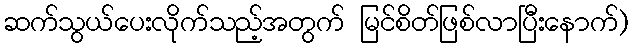
ဆက်သွယ်ပေးလိုက်သည့်အတွက် မြင်စိတ်ဖြစ်လာပြီးနောက်)